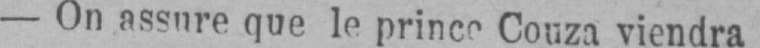
- On assure que le prince Couza viendra